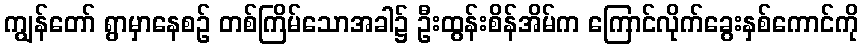
ကျွန်တော် ရွာမှာနေစဉ် တစ်ကြိမ်သောအခါ၌ ဦးထွန်းစိန်အိမ်က ကြောင်လိုက်ခွေးနှစ်ကောင်ကို